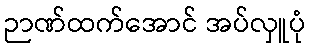
ဉာဏ်ထက်အောင် အပ်လှူပုံ